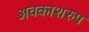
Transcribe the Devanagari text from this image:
अवकाशरुप